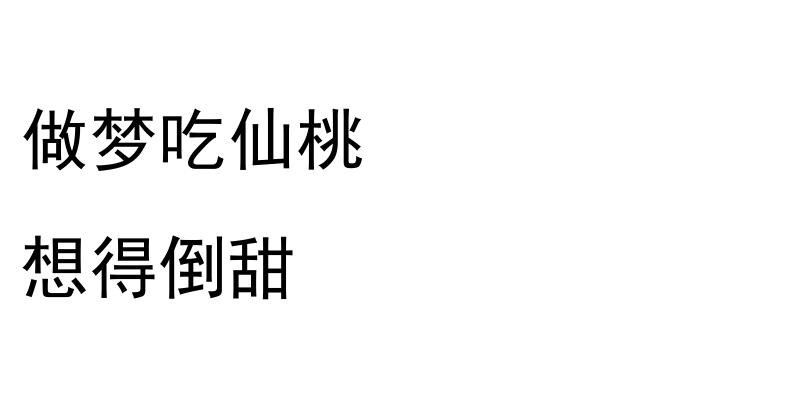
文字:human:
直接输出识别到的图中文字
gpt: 做梦吃仙桃 想得倒甜